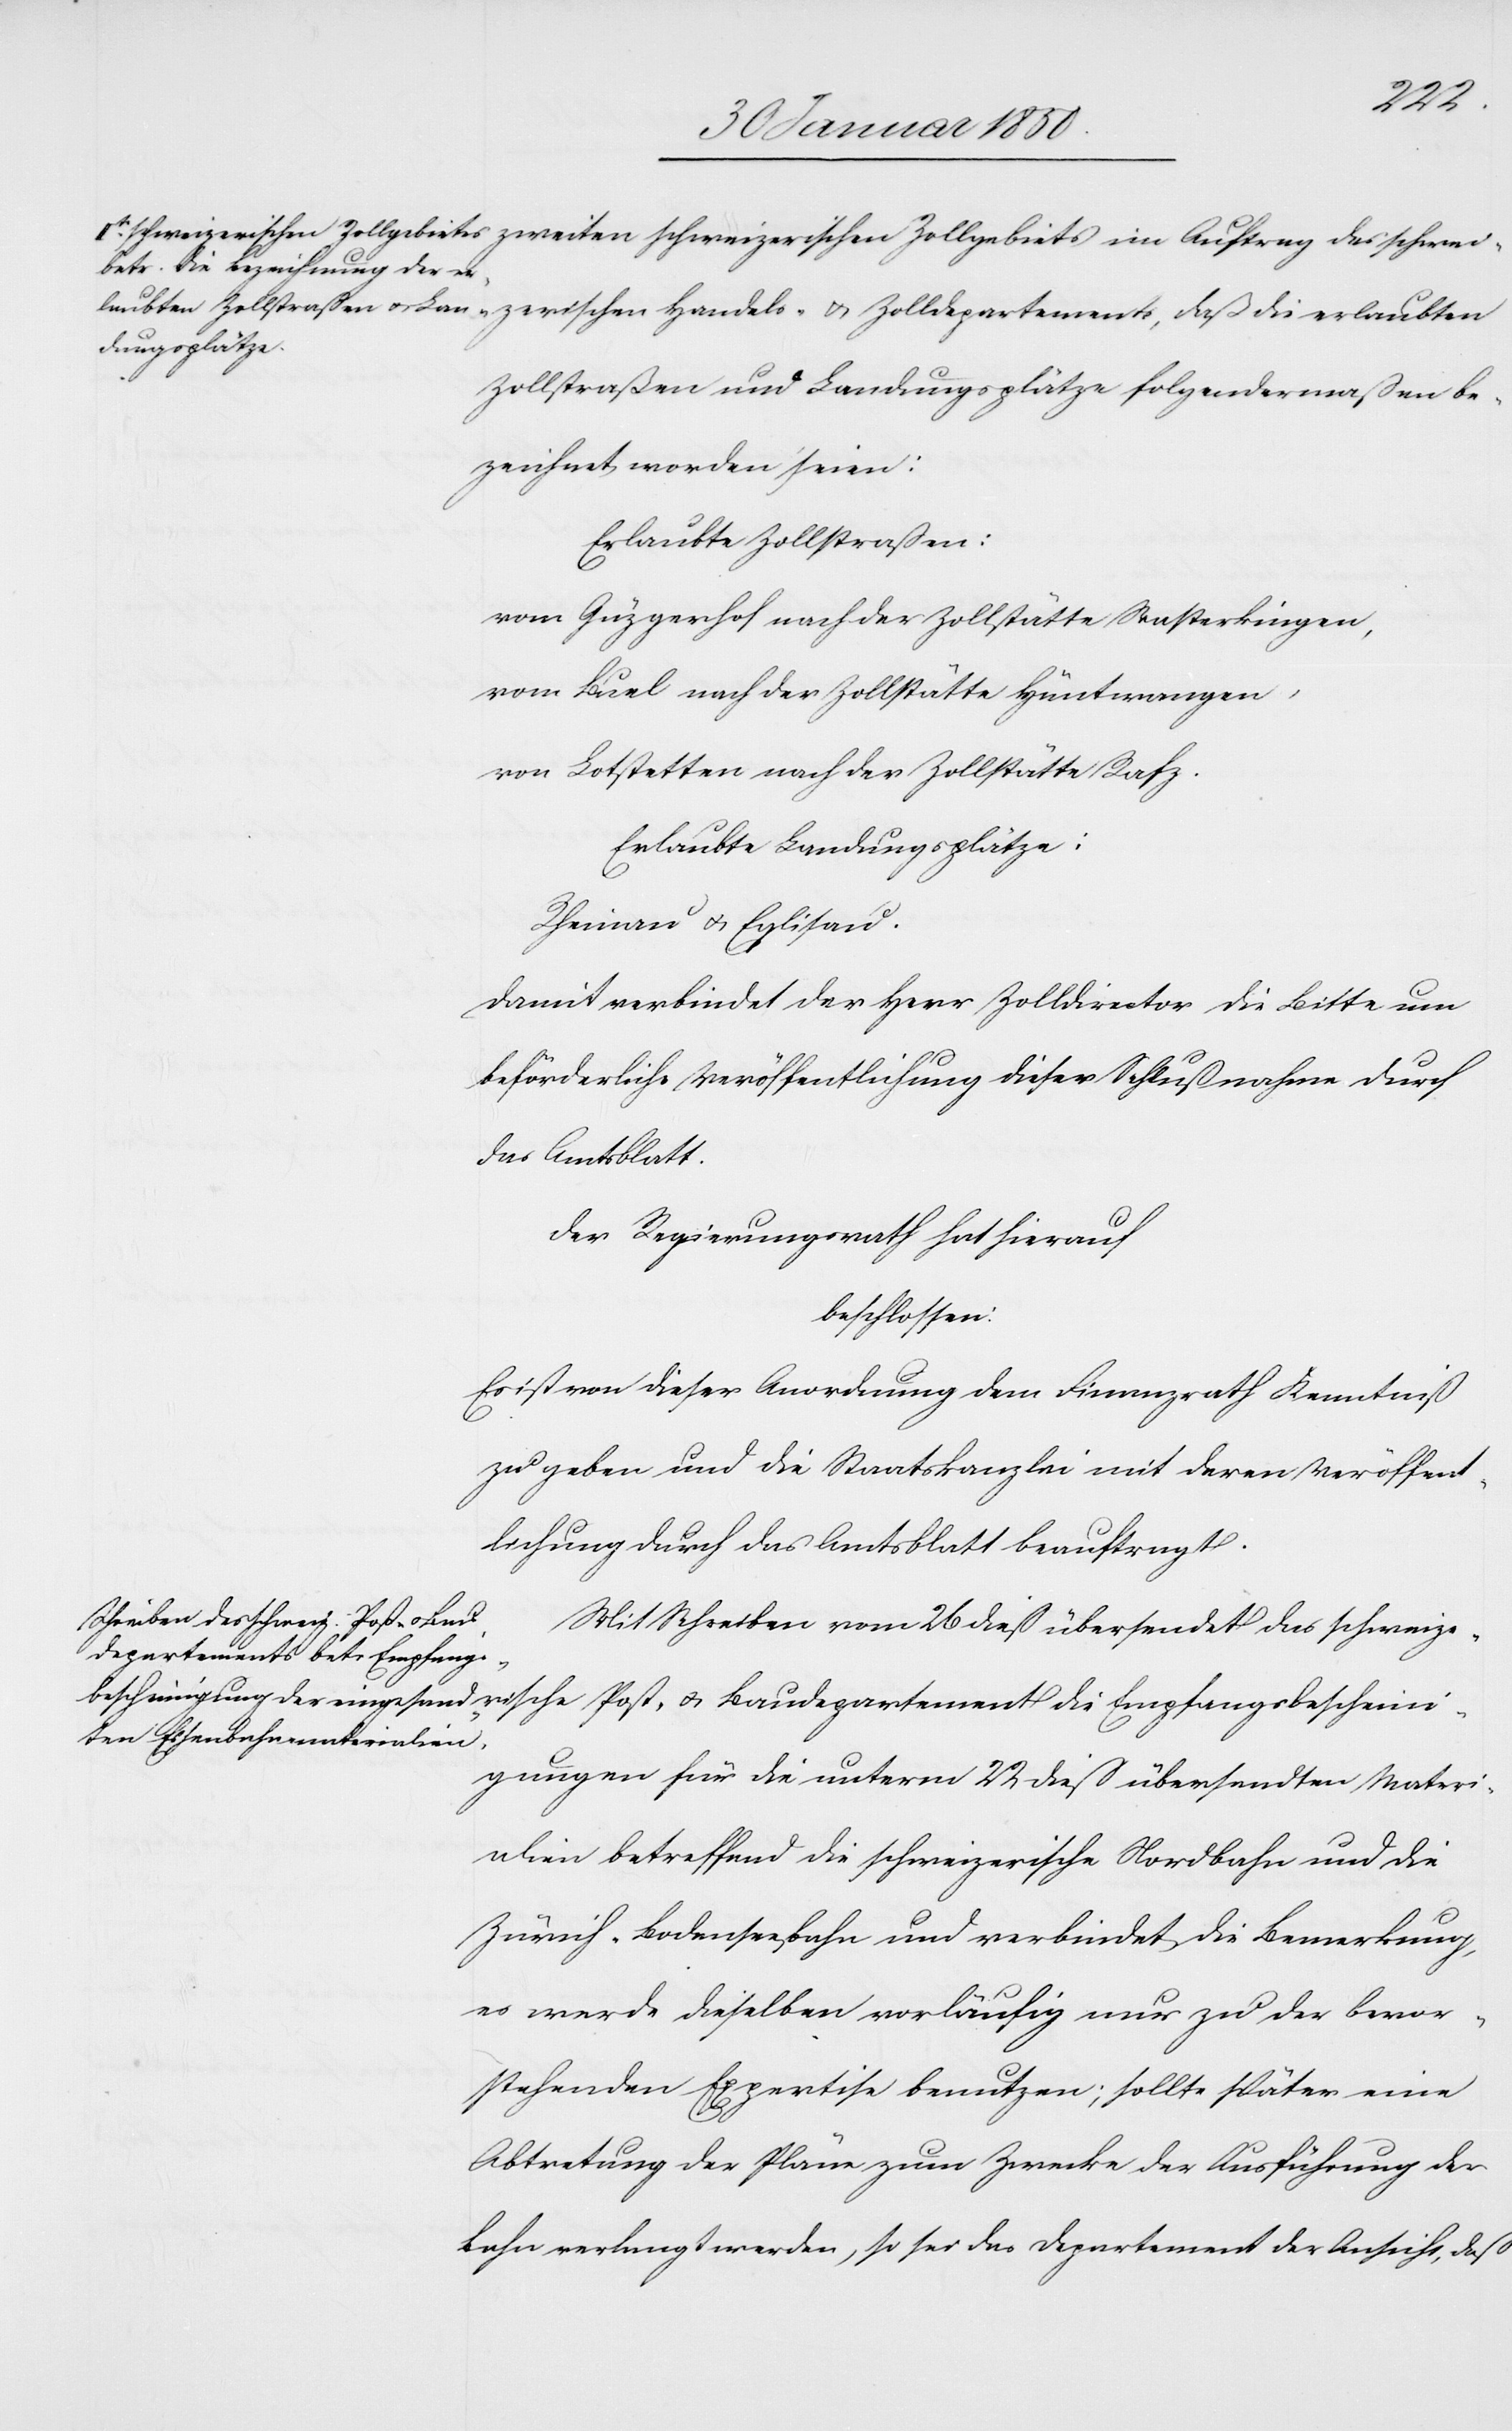
bescheini¬
schweizerischen Zollgebiets im Auftrag des schweizerischen Handels- u. Zolldepartements, daß die
Zollstraßen und Landungsplätze folgendermaßen be¬
zeichnet worden seien:
Erlaubte Zollstraßen:
vom Güzgerhof nach der Zollstätte [?W]asterkingen,
vom Buel nach der Zollstätte Hüntwangen,
von Lotstetten nach der Zollstätte Rafz.
Erlaubte Landungsplätze:
Rheinau u. Eglisau.
Damit verbindet der Herr Zolldirector die Bitte um
beförderliche Veröffentlichung dieser Schlußnahme durch
das Amtsblatt.
u.
Der Regierungsrath hat hierauf
beschlossen:
Es ist von dieser Anordnung dem Finanzrath Kenntniß
zu geben und die Staatskanzlei mit deren Veröffent¬
lichung durch das Amtsblatt beauftragt.
Mit Schreiben vom 26 dieß übersendet das schweize¬
departement die Empfangs¬
gungen für die unterm 22 dieß übersandten Materi¬
alien betreffend die schweizerische Nordbahn und die
Zürich-Bodenseebahn und verbindet die Bemerkung,
es werde dieselben vorläufig nur zu der bevor¬
stehenden Expertise benutzen; sollte später eine
Abtretung der Pläne zum Zwecke der Ausführung der
Bahn verlangt werden, so sei das Departement der Ansicht, daß